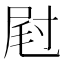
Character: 屗